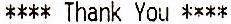
**** THANK YOU ****